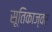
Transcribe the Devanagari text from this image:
सूतिकाज्वर